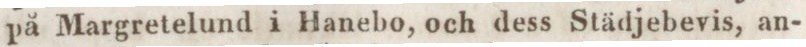
på Margretelund i Hanebo, och dess Städjebevis, an-